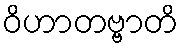
ဝိဟာတဗ္ဗာတိ